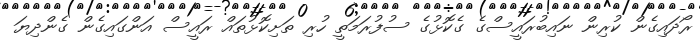
ރޯދައިގެން ކުރިން ނައިބުރައީސްގެ ގެކޮޅުގެ ސުފުރަމަތީ ހުރި ތަށިކޮޅުތައް ރައީސް އަންގައިގެން ގެންދިޔަ